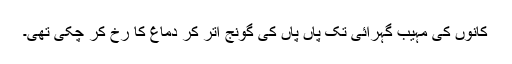
کانوں کی مہیب گہرائی تک پاں پاں کی گونج اتر کر دماغ کا رخ کر چکی تھی۔